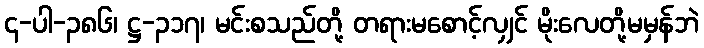
၄-ပါ-၃၈၆၊ ဋ္ဌ-၃၁၇၊ မင်းစသည်တို့ တရားမစောင့်လျှင် မိုးလေတို့မမှန်ဘဲ